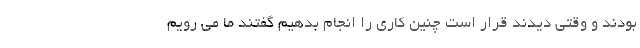
بودند و وقتی دیدند قرار است چنین کاری را انجام بدهیم گفتند ما می رویم